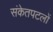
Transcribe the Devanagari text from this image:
संकेतपटलों